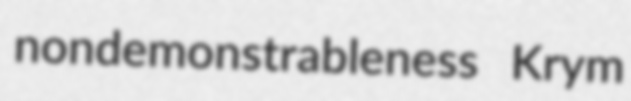
nondemonstrableness Krym